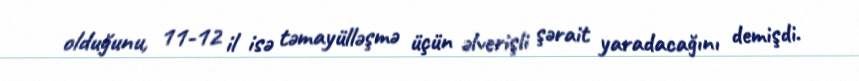
olduğunu, 11-12 il isə təmayülləşmə üçün əlverişli şərait yaradacağını demişdi.